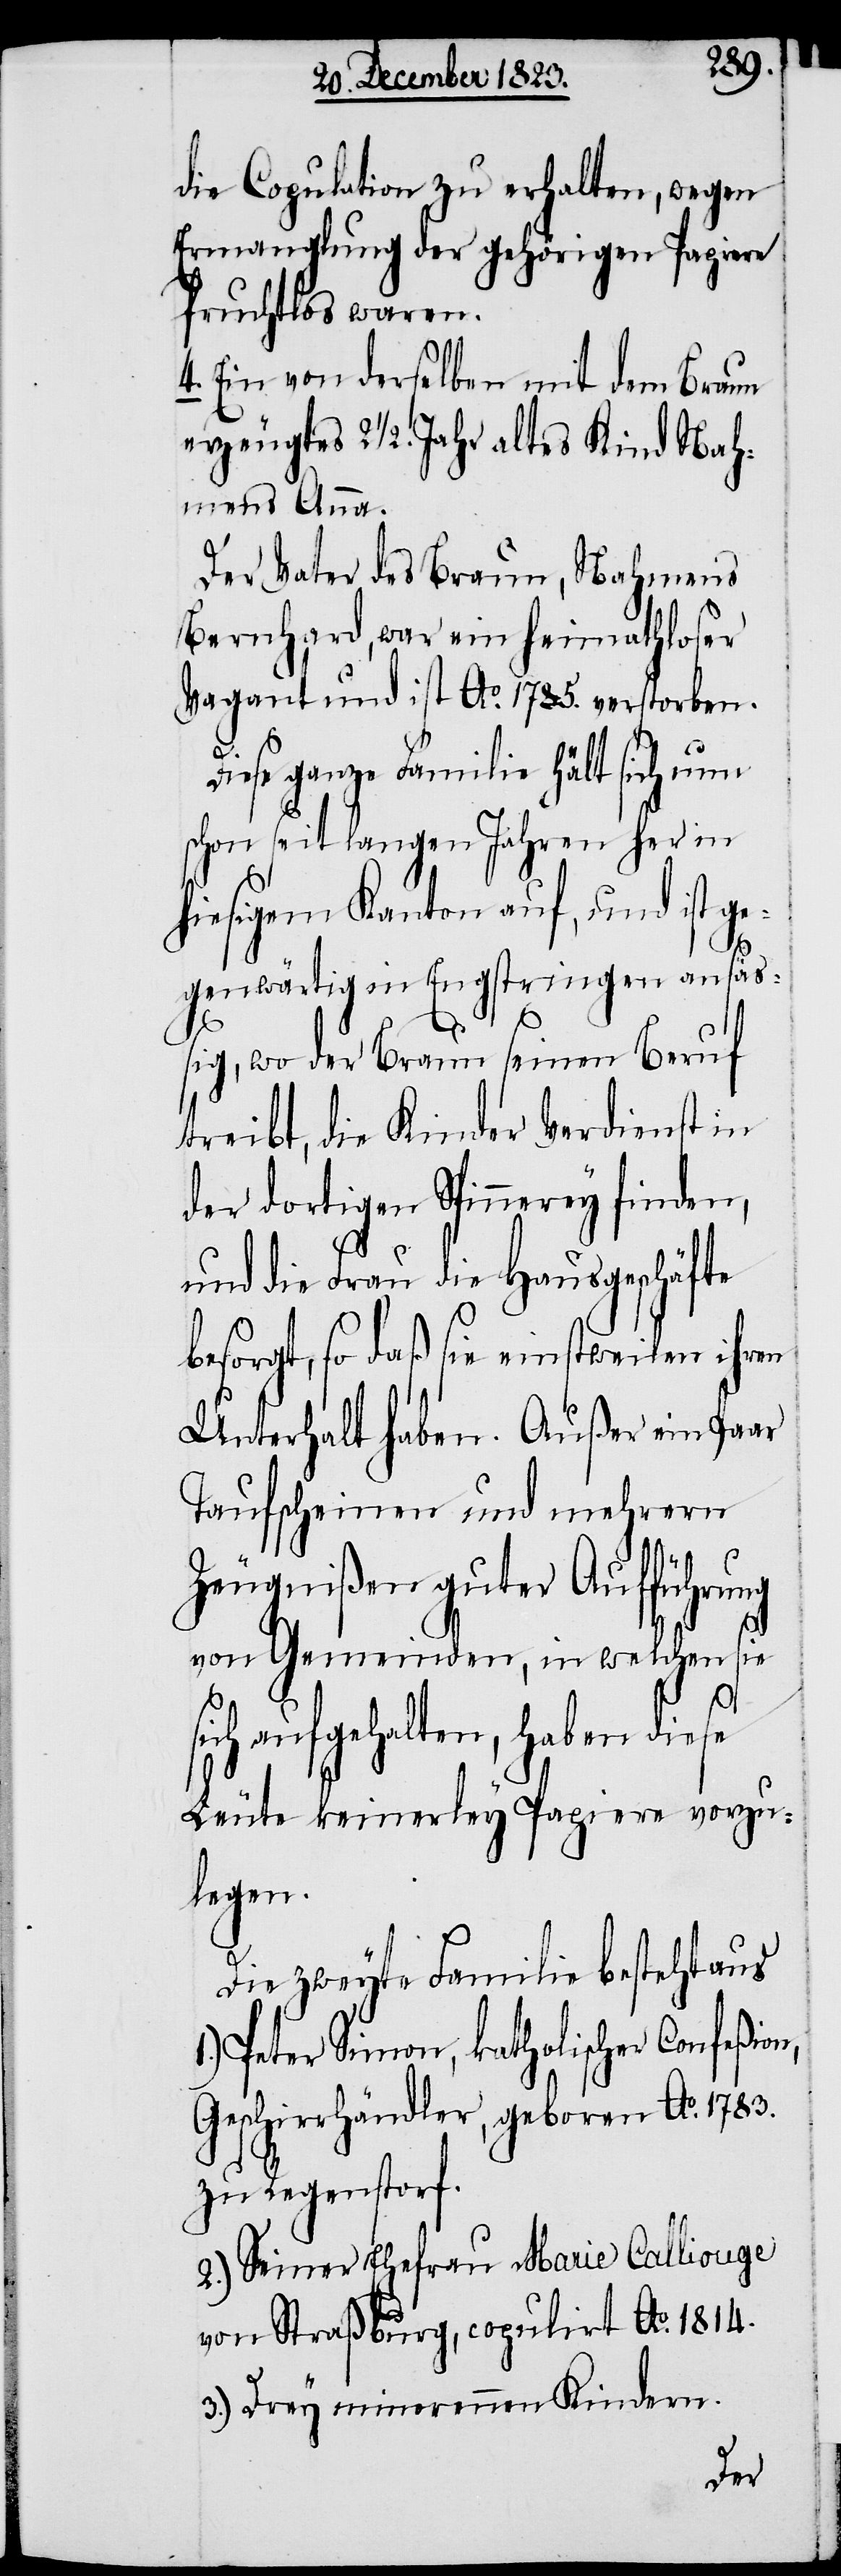
die Copulation zu erhalten, wegen
Ermanglung der gehörigen Papiere
fruchtlos waren.
4. Ein von derselben mit dem Braun
erzeugtes 2 ½. Jahr altes Kind Nah¬
mens Anna.
Der Vater des Braun, Nahmens
Bernhard, war ein heimathloser
Vagant und ist Ao. 1785. verstorben.
si¬
Diese ganze Familie hält sich nun
schon seit langen Jahren her in
hiesigem Kanton auf, und ist g¬
egenwärtig in Engstringen ansäß¬
ig, wo der Braun seinen Beruf
treibt, die Kinder Verdienst in
der dortigen Spinnerey finden,
und die Frau die Hausgeschäfte
besorgt, so daß sie einstweilen ihren
Unterhalt haben. Außer ein Paar
Taufscheinen und mehrern
Zeugnißen guter Aufführung
von Gemeinden, in welchen sie
ch aufgehalten, haben diese
Leute keinerley Papiere vorzu¬
legen.
Die zweyte Familie besteht aus
1.) Peter Simon, katholischer Confeßion,
Geschirrhändler, geboren Ao. 1783.
zu Regenstorf.
2.) Seiner Ehefrau Marie Calliouge
von Straßburg, copulirt Ao. 1814.
3.) Drey minorennen Kindern.